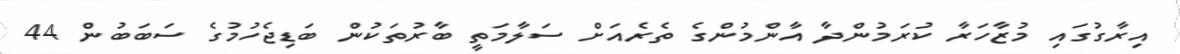
އިރާގުގައި މުޒާހަރާ ކުރަމުންދާ އާންމުންގެ ތެރެއަށް ސަލާމަތީ ބާރުތަކުން ބަޑިޖެހުމުގެ ސަބަބުން 44